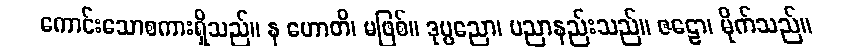
ကောင်းသောစကားရှိသည်။ န ဟောတိ၊ မဖြစ်။ ဒုပ္ပညော၊ ပညာနည်းသည်။ ဇဠော၊ မိုက်သည်။